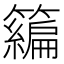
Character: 𰪢